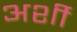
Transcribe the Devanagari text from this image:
अर्शी